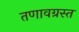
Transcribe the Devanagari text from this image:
तणावग्रस्त